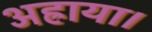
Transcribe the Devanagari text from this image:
अह्राया।